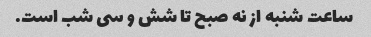
ساعت شنبه از نه صبح تا شش و سی شب است.